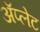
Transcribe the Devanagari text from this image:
ॲप्लेट